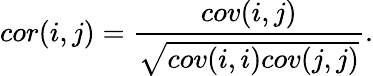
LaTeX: cor(i,j)=\frac{cov(i,j)}{\sqrt{cov(i,i)cov(j,j)}}.